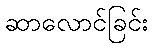
ဆာလောင်ခြင်း